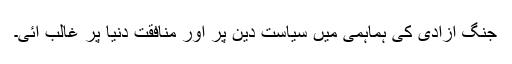
جنگ آزادی کی ہماہمی میں سیاست دین پر اور منافقت دنیا پر غالب آئی۔